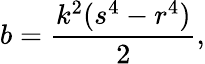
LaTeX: b={\frac{k^{2}(s^{4}-r^{4})}{2}},